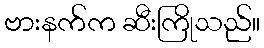
ဗားနက်က ဆီးကြိုသည်။